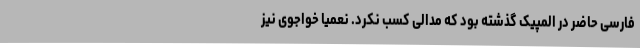
فارسی حاضر در المپیک گذشته بود که مدالی کسب نکرد. نعمیا خواجوی نیز